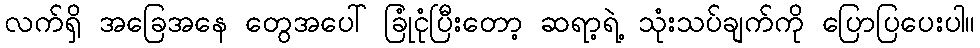
လက်ရှိ အခြေအနေ တွေအပေါ် ခြုံငုံပြီးတော့ ဆရာ့ရဲ့ သုံးသပ်ချက်ကို ပြောပြပေးပါ။